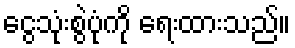
ငွေသုံးစွဲပုံကို ရေးထားသည်။